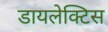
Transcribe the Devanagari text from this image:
डायलेक्टिस